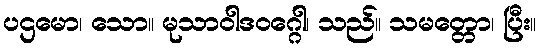
ပဌမော၊ သော။ မုသာဝါဒဝဂ္ဂေါ၊ သည်။ သမတ္တော၊ ပြီး။